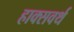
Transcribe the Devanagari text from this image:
हाक्सवर्थ